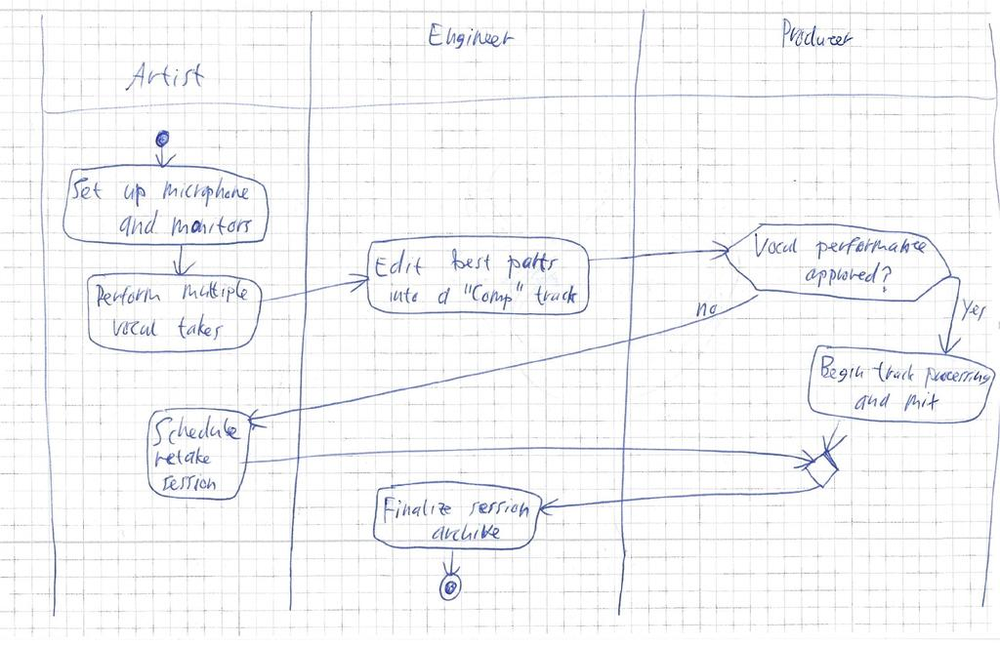
Diagram type: activity_diagram
```plantuml
@startuml

|Artist|
|Engineer|
|Producer|

|Artist|
start
:Set up microphone and monitors;
:Perform multiple vocal takes;

|Engineer|
:Edit best parts into a "Comp" track;

|Producer|
if (Vocal performance approved?) then (yes)
  :Begin track processing and mix;
else (no)
|Artist|
  :Schedule retake session;
endif

|Engineer|
:Finalize session archive;

stop

@enduml
```